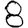
Digit: 8